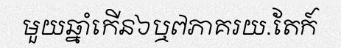
មួយឆ្នាំកើន៦ឬ៧ភាគរយ.តែក៍